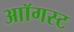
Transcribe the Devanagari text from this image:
आॉगस्ट